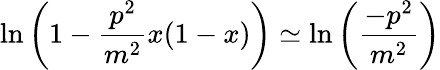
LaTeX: \ln\left(1-\frac{p^{2}}{m^{2}}x(1-x)\right)\simeq\ln\left(\frac{-p^{2}}{m^{2}}\right)